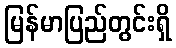
မြန်မာပြည်တွင်းရှိ